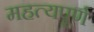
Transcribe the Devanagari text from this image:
महत्यपूर्ण